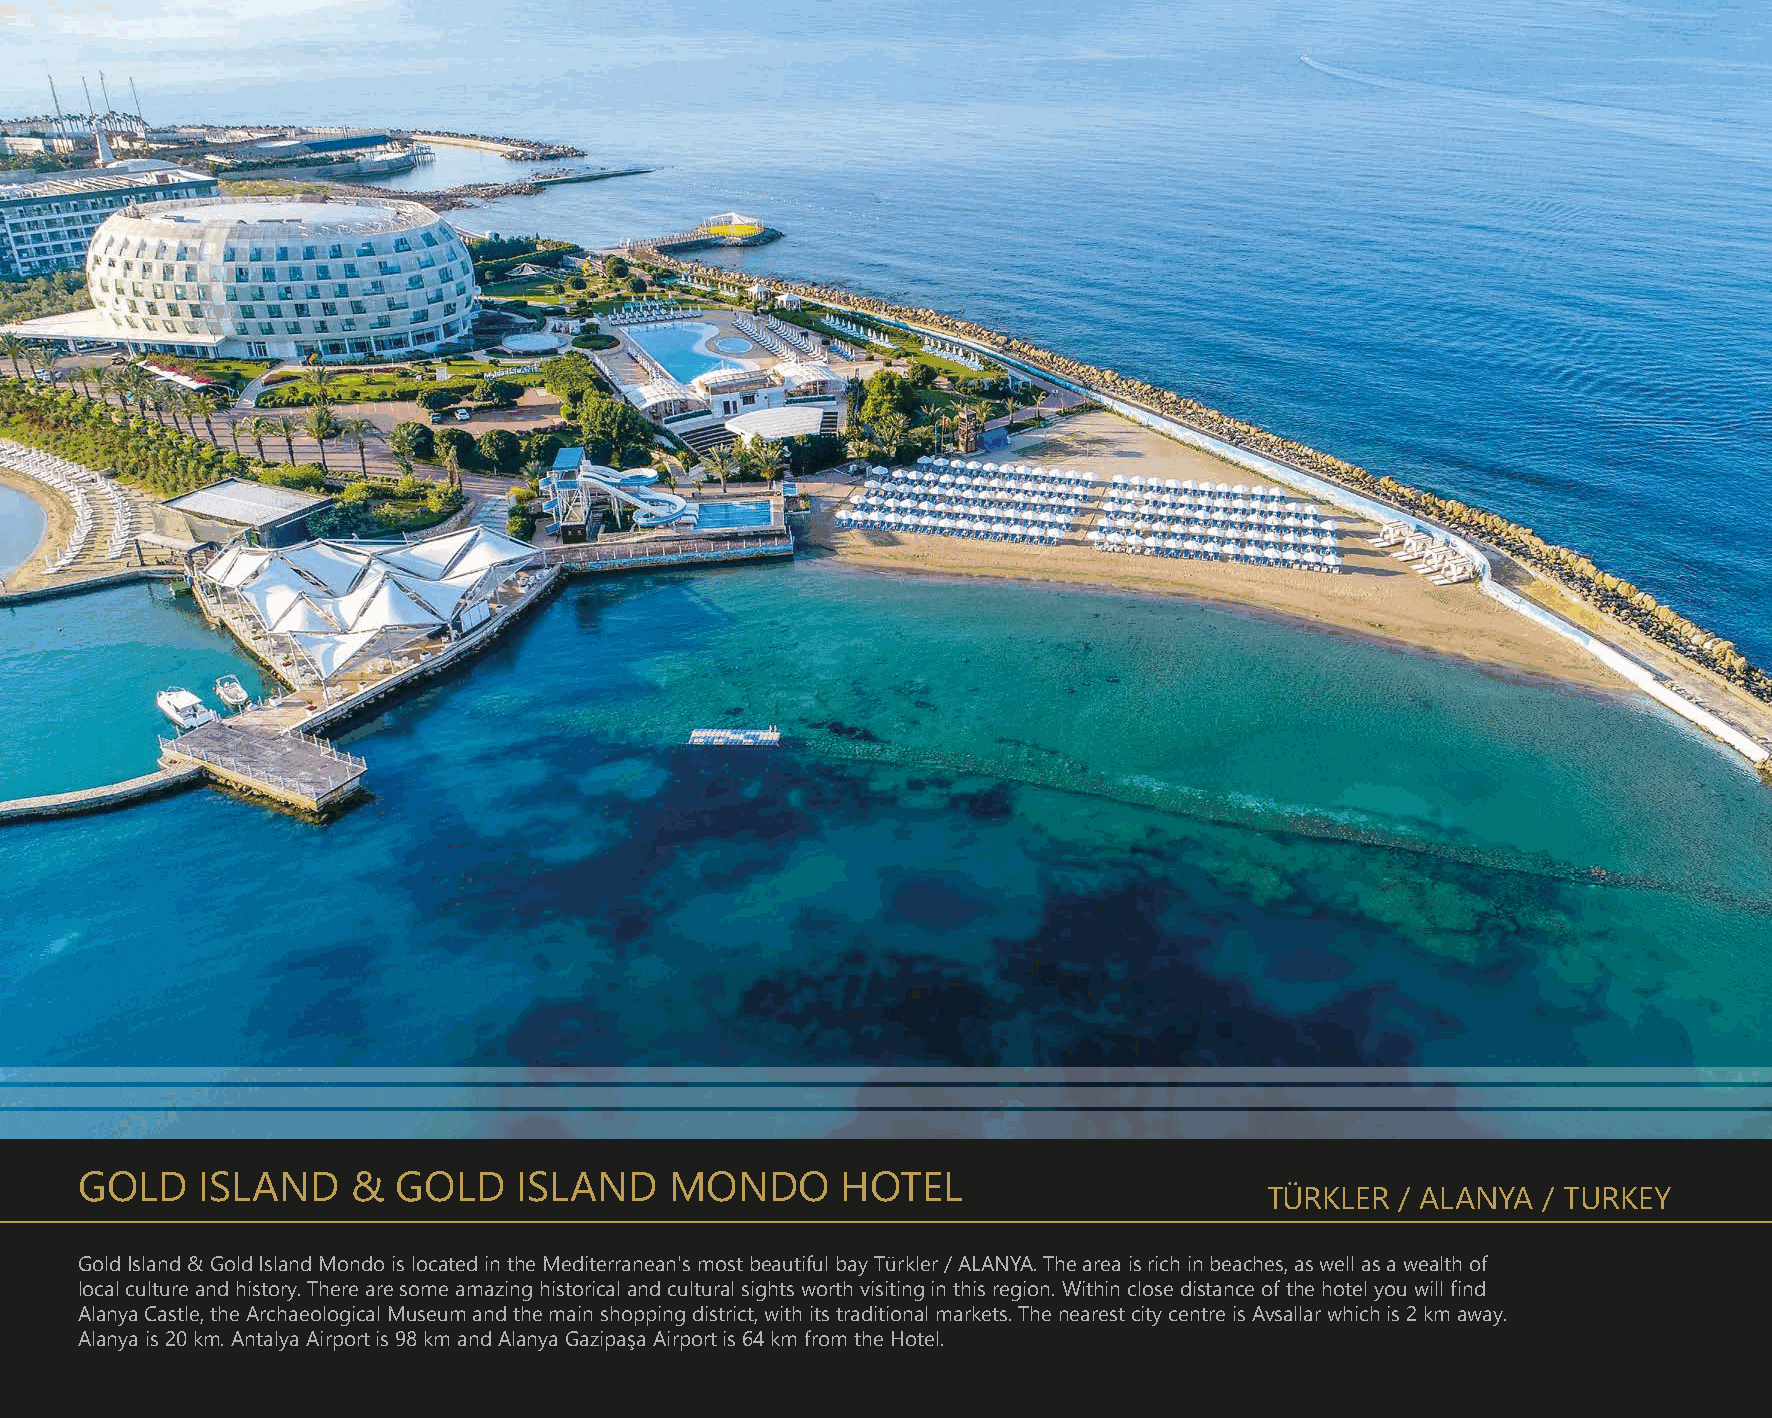
GOLD    ISLAND    &  GOLD    ISLAND    MONDO       HOTEL
 TÜRKLER  / ALANYA / TURKEY
 Gold Island & Gold Island Mondo is located in the Mediterranean's most beautiful bay Türkler / ALANYA. The area is rich in beaches, as well as a wealth of
 local culture and history. There are some amazing historical and cultural sights worth visiting in this region. Within close distance of the hotel you will find
 Alanya Castle, the Archaeological Museum and the main shopping district, with its traditional markets. The nearest city centre is Avsallar which is 2 km away.
 Alanya is 20 km. Antalya Airport is 98 km and Alanya Gazipaşa Airport is 64 km from the Hotel.